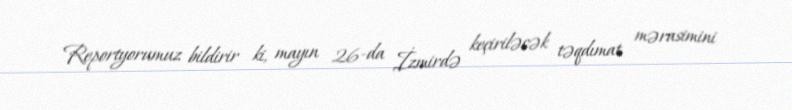
Reportyorumuz bildirir ki, mayın 26-da İzmirdə keçiriləcək təqdımat mərasimini